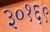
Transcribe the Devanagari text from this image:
३०१६९